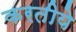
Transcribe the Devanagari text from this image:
करतीये